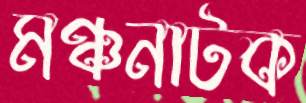
মঞ্চনাটক